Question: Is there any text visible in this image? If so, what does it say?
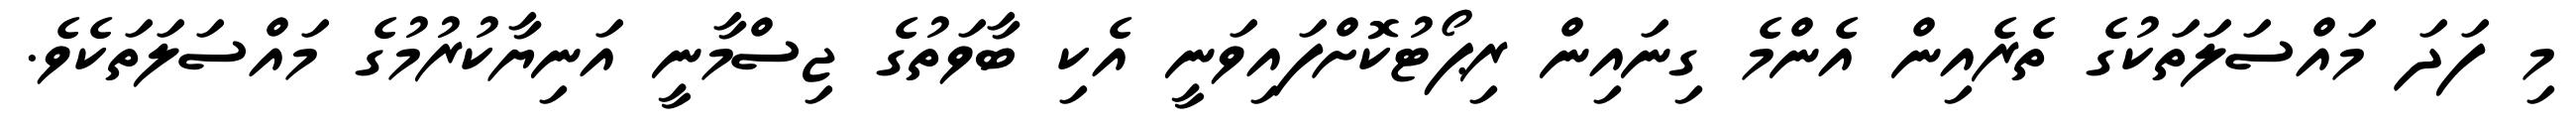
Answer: މި ފަދަ މައްސަލަތަކުގެ ތެރެއިން އެންމެ ގިނައިން ރިޕޯޓުކޮށްފައިވަނީ އެކި ބާވަތުގެ ޖިސްމާނީ އަނިޔާކުރުމުގެ މައްސަލަތަކެވެ.